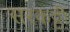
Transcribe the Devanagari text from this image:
सरकट्टी